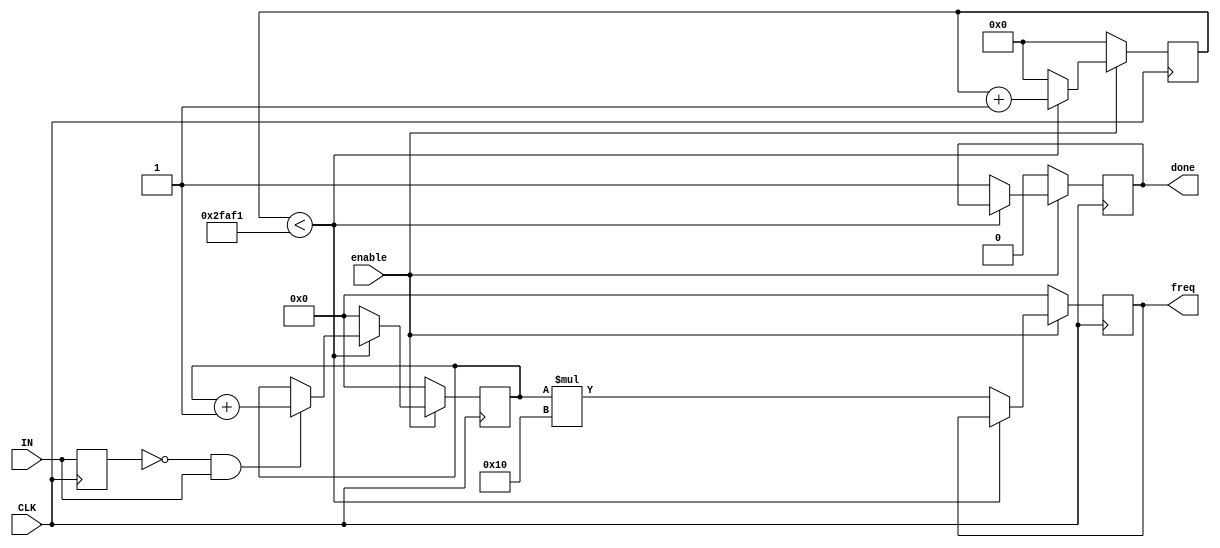
`timescale 1ns / 1ps
//////////////////////////////////////////////////////////////////////////////////
// Company: 
// Engineer: 
// 
// Design Name: 
// Module Name: ReadFrequency
// Project Name: 
// Target Devices: 
// Tool Versions: 
// Description: 
// 
// Dependencies: 
// 
// Revision:
// Revision 0.01 - File Created
// Additional Comments:
// 
//////////////////////////////////////////////////////////////////////////////////


module ReadFrequency(
     // The inputs are...
     input CLK,          // 100 MHz clock signal from the Basys3 oscillator
     input enable,       // Enable bit to turn this module on from another module
     input IN,           // The signal we're counting the frequency of
     // The outputs are...
     output reg [19:0] freq = 20'b0,    // The frequency we found for the input signal
     output reg done = 0);              // Done flag so that we can tell that this module
                                        // has finished counting the frequency of the signal

     // Create a register for the clock signal edge counter. This register will
     // hold the number of positive edges of the clock we've seen. We will use
     // this to know how much time has passed since we started counting our signal.
     reg[31:0] count = 32'b0;
     // Create a register for the signal edge counter. This register will hold the
     // number of positive edges of the input signal we're trying to find the
     // frequency of. We will use this to count how many signal cycles have passed.
     reg [19:0] edge_count = 20'b0;
     // Create a register for the D flip-flop (D-FF). This is the output Q of the
     // D-FF. We're using this to store the state of the input signal (high or low).
     // We do this so we can compare the last known state of the input signal to the
     // current state of the signal.
     reg last = 0;

     // 100 million / 16 = 6250k
     localparam max = 'd195313;

     // Flip-flop stores last value in register. We'll be using this to detect
     // the positive edges of the incoming signal
     always @(posedge CLK)
          last <= IN;

     always @ (posedge CLK)
          if(~enable) begin
               freq <= 0;
               edge_count <= 0;
               count <= 0;
               done <= 0;
          end
          else begin
               if (count < max)
               begin
                    count <= count + 1;
                    // If value was 0 and is now 1, positive edge detected. Use
                    // this instead of always @ posedge var to prevent
                    // unnecessarily using the clock
                    if(~last & IN)
                         edge_count <= edge_count + 1;
               end
               else begin
                    // Reset the frequency variable
                    freq <= 0;
                    // Multiply the value counted so far by 16 because it's only
                    // been 1/16th of a second so far
                    freq <= edge_count * 16;
                    // Reset the edge count
                    edge_count <= 0;
                    // Reset the 1/16th second counter
                    count <= 0;
                    // We're done, so set the flag on
                    done <= 1;
               end
               end
endmodule